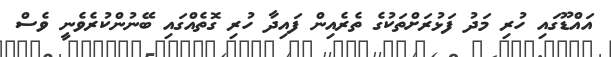
އައްޑޫގައި ހުރި މަދު ފަޅުރަށްތަކުގެ ތެރެއިން ފައިދާ ހުރި ގޮތެއްގައި ބޭނުންކުރެވެނީ ވެސް